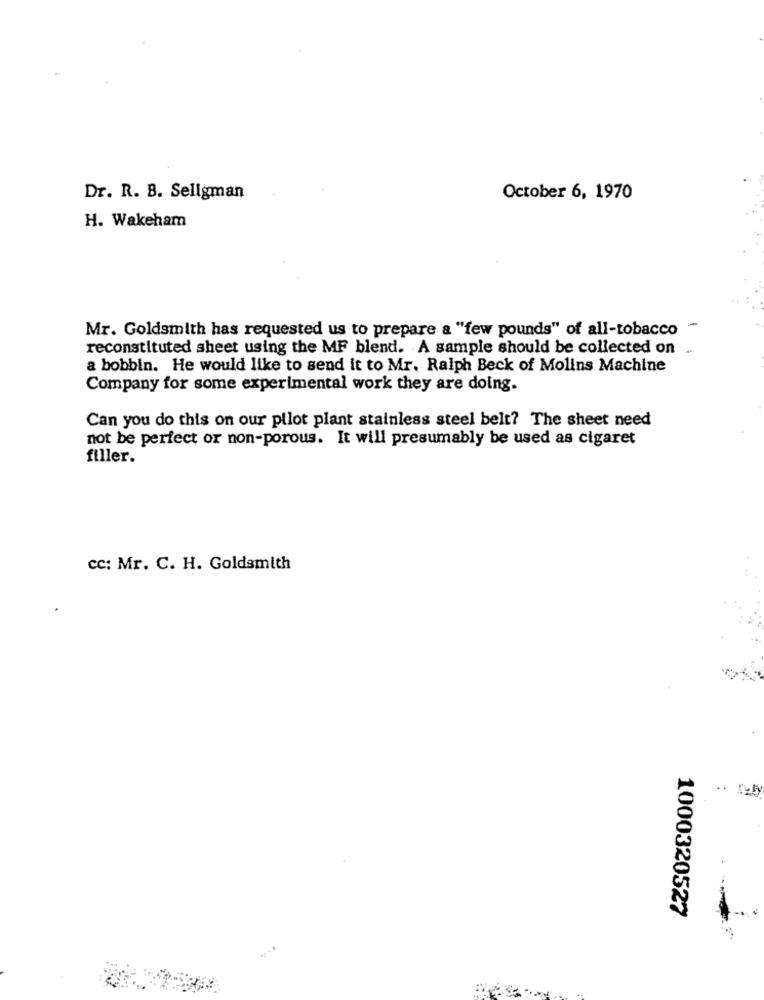
Dr. R. B. Seligman
October 6, 1970
H. Wakeham
Mr. Goldsmith has requested us to prepare a "few pounds" of all-tobacco
reconstituted sheet using the MF blend. A sample should be collected on .
a bobbin. He would like to send it to Mr. Ralph Beck of Molins Machine
Company for some experimental work they are doing.
Can you do this on our pilot plant stainless steel belt? The sheet need
not be perfect or non-porous. It will presumably be used as cigaret
filler.
cc: Mr. C. H. Goldsmith
..
1000320527